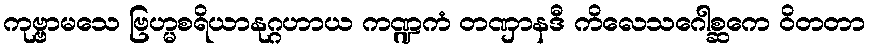
ကုဗ္ဗာမသေ ဗြဟ္မစရိယာနုဂ္ဂဟာယ ကဏ္ဍကံ တဏှာနဒီ ကိလေသဂေါစ္ဆကေ ဝိတတာ